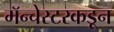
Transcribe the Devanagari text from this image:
मॅन्चेस्टरकडून